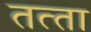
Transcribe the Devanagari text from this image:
तत्‍ता